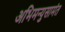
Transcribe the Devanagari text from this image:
अभिमन्युसामंत